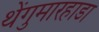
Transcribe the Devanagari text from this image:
थेंगुमारहाडा